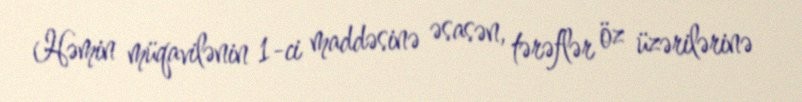
Həmin müqavilənin 1-ci maddəsinə əsasən, tərəflər öz üzərilərinə